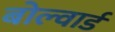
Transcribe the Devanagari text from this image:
बोल्वार्ड